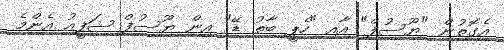
އެގޮތުން "ޔޫސުފް" އާއި "ހެޕީ ބާތު ޑޭ" އިން ޔޫސުފް ޝަފީއު އެންމެ